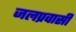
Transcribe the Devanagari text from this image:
जलप्रवासी